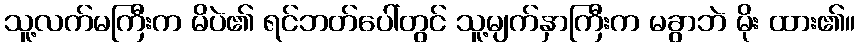
သူ့လက်မကြီးက မိပဲ၏ ရင်ဘတ်ပေါ်တွင် သူ့မျက်နှာကြီးက မခွာဘဲ မိုး ထား၏။